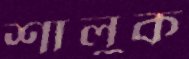
শালুক